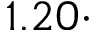
1 . 2 0 \cdot